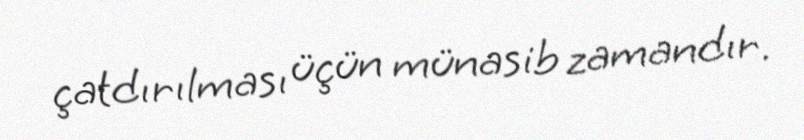
çatdırılması üçün münasib zamandır.